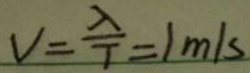
V = \frac { \lambda } { T } = 1 m / s